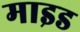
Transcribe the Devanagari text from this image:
माइड